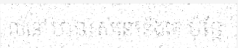
លំនៅឋានរស់នៅនឹងគេ ប៉ុន្តែ